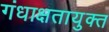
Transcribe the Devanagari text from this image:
गंधाक्षतायुक्त